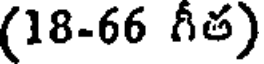
(18-66 గీత)